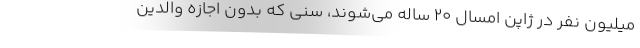
میلیون نفر در ژاپن امسال ۲۰ ساله می‌شوند، سنی که بدون اجازه والدین